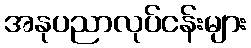
အနုပညာလုပ်ငန်းများ